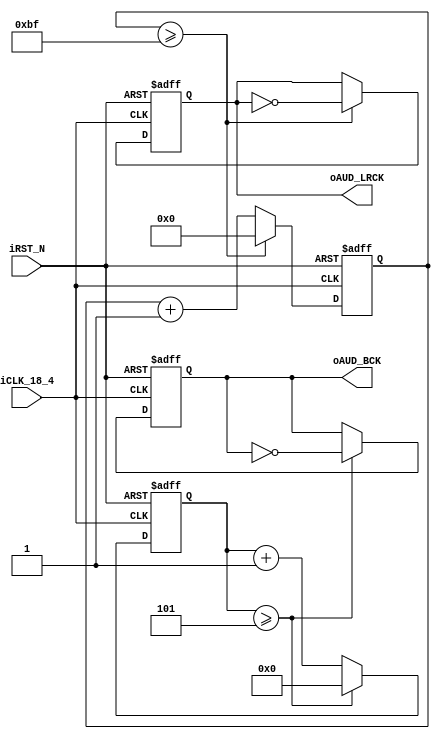
module audio_clock (	
//	Audio Side
   output reg oAUD_BCK,
   output oAUD_LRCK,
//	Control Signals
   input iCLK_18_4,
   input iRST_N
);				

parameter	REF_CLK		=	18432000;	// 18.432 MHz
parameter	SAMPLE_RATE	=	48000;		// 48 KHz
parameter	DATA_WIDTH	=	16;		// 16 Bits
parameter	CHANNEL_NUM	=	2;		// Dual Channel

//	Internal Registers and Wires
reg [3:0] BCK_DIV;
reg [8:0] LRCK_1X_DIV;
reg [7:0] LRCK_2X_DIV;
reg [6:0] LRCK_4X_DIV;
reg LRCK_1X;
reg LRCK_2X;
reg LRCK_4X;

//  AUD_BCK Generator
always@(posedge iCLK_18_4 or negedge iRST_N)
begin
	if(!iRST_N)
	begin
	  BCK_DIV <= 4'h0;
	  oAUD_BCK <= 1'b0;
	end
	else
	begin
	  // REF_CLK/SAMPLE_RATE = 384, 384/(DATA_WIDTH*CHANNEL_NUM) = 12
	  //  12/2 - 1 = 5
	  if (BCK_DIV >= REF_CLK/(SAMPLE_RATE*DATA_WIDTH*CHANNEL_NUM*2)-1 )
	  begin
		BCK_DIV	 <= 4'h0;
		oAUD_BCK <= ~oAUD_BCK;
	  end
	  else BCK_DIV <= BCK_DIV+1'b1;
	end
end
//
//  AUD_LRCK Generator
//    oAUD_LRCK is high for left and low for right channel
//
always@(posedge iCLK_18_4 or negedge iRST_N)
begin
	if(!iRST_N)
	begin
		LRCK_1X_DIV	<=	0;
		LRCK_2X_DIV	<=	0;
		LRCK_4X_DIV	<=	0;
		LRCK_1X		<=	0;
		LRCK_2X		<=	0;
		LRCK_4X		<=	0;
	end
	else
	begin
		//LRCK 1X
		if(LRCK_1X_DIV >= REF_CLK/(SAMPLE_RATE*2)-1 )
		begin
			LRCK_1X_DIV <=	0;
			LRCK_1X	<= ~LRCK_1X;
		end
		else LRCK_1X_DIV <= LRCK_1X_DIV+1'b1;
		// LRCK 2X
		if(LRCK_2X_DIV >= REF_CLK/(SAMPLE_RATE*4)-1 )
		begin
			LRCK_2X_DIV <= 0;
			LRCK_2X	<= ~LRCK_2X;
		end
		else LRCK_2X_DIV <= LRCK_2X_DIV+1'b1;		
		// LRCK 4X
		if(LRCK_4X_DIV >= REF_CLK/(SAMPLE_RATE*8)-1 )
		begin
			LRCK_4X_DIV <= 0;
			LRCK_4X	<= ~LRCK_4X;
		end
		else LRCK_4X_DIV <= LRCK_4X_DIV+1'b1;		
	end
end
assign	oAUD_LRCK = LRCK_1X;

endmodule